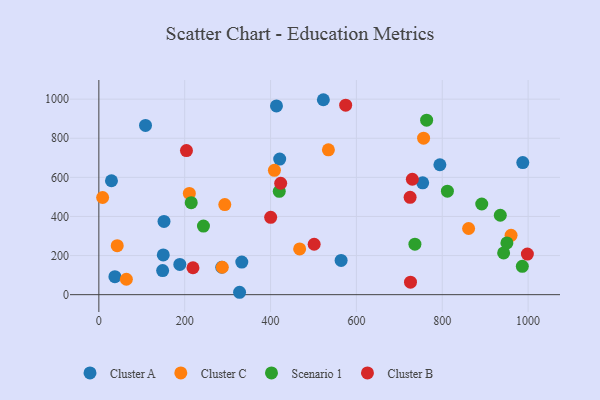
{"axis": {"x": "Ad Spend", "y": "Rating"}, "legend": ["Cluster A", "Cluster B", "Cluster C", "Scenario 1"], "data": [{"x": "327.8", "y": 12.2, "type": "Cluster A"}, {"x": "29.4", "y": 582.7, "type": "Cluster A"}, {"x": "523.0", "y": 997.1, "type": "Cluster A"}, {"x": "794.5", "y": 664.6, "type": "Cluster A"}, {"x": "564.4", "y": 174.9, "type": "Cluster A"}, {"x": "108.7", "y": 865.7, "type": "Cluster A"}, {"x": "150.1", "y": 203.4, "type": "Cluster A"}, {"x": "37.4", "y": 91.8, "type": "Cluster A"}, {"x": "421.3", "y": 693.3, "type": "Cluster A"}, {"x": "413.8", "y": 965.6, "type": "Cluster A"}, {"x": "148.6", "y": 123.0, "type": "Cluster A"}, {"x": "333.0", "y": 166.5, "type": "Cluster A"}, {"x": "987.6", "y": 675.4, "type": "Cluster A"}, {"x": "754.4", "y": 571.9, "type": "Cluster A"}, {"x": "188.6", "y": 154.7, "type": "Cluster A"}, {"x": "151.8", "y": 374.8, "type": "Cluster A"}, {"x": "286.3", "y": 140.1, "type": "Cluster A"}, {"x": "960.3", "y": 303.4, "type": "Cluster C"}, {"x": "64.1", "y": 78.8, "type": "Cluster C"}, {"x": "409.0", "y": 635.8, "type": "Cluster C"}, {"x": "293.4", "y": 460.9, "type": "Cluster C"}, {"x": "861.4", "y": 338.5, "type": "Cluster C"}, {"x": "287.6", "y": 140.3, "type": "Cluster C"}, {"x": "756.5", "y": 800.5, "type": "Cluster C"}, {"x": "534.8", "y": 740.9, "type": "Cluster C"}, {"x": "42.8", "y": 250.5, "type": "Cluster C"}, {"x": "8.8", "y": 497.1, "type": "Cluster C"}, {"x": "467.8", "y": 234.1, "type": "Cluster C"}, {"x": "210.8", "y": 517.8, "type": "Cluster C"}, {"x": "420.3", "y": 528.8, "type": "Scenario 1"}, {"x": "986.5", "y": 144.7, "type": "Scenario 1"}, {"x": "935.2", "y": 406.2, "type": "Scenario 1"}, {"x": "243.7", "y": 350.7, "type": "Scenario 1"}, {"x": "812.0", "y": 529.4, "type": "Scenario 1"}, {"x": "943.0", "y": 213.6, "type": "Scenario 1"}, {"x": "892.0", "y": 463.8, "type": "Scenario 1"}, {"x": "736.3", "y": 258.0, "type": "Scenario 1"}, {"x": "763.6", "y": 892.6, "type": "Scenario 1"}, {"x": "215.2", "y": 470.3, "type": "Scenario 1"}, {"x": "950.6", "y": 264.6, "type": "Scenario 1"}, {"x": "725.1", "y": 497.8, "type": "Cluster B"}, {"x": "204.1", "y": 737.0, "type": "Cluster B"}, {"x": "400.3", "y": 395.6, "type": "Cluster B"}, {"x": "423.6", "y": 569.8, "type": "Cluster B"}, {"x": "501.6", "y": 257.8, "type": "Cluster B"}, {"x": "575.0", "y": 969.2, "type": "Cluster B"}, {"x": "726.0", "y": 63.9, "type": "Cluster B"}, {"x": "998.3", "y": 207.6, "type": "Cluster B"}, {"x": "730.3", "y": 590.2, "type": "Cluster B"}, {"x": "219.3", "y": 137.7, "type": "Cluster B"}]}